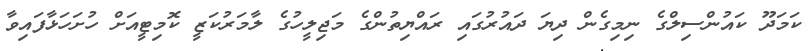
ކަމަދޫ ކައުންސިލްގެ ނިމިގެން ދިޔަ ދައުރުގައި ރައްޔިތުންގެ މަޖިލީހުގެ ލާމަރުކަޒީ ކޮމިޓީއަށް ހުށަހަޅާފައިވާ